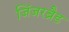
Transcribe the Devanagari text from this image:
जिंजरब्रैड